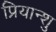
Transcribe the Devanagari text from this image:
प्रियान्शु